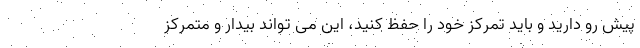
پیش رو دارید و باید تمرکز خود را حفظ کنید، این می تواند بیدار و متمرکز